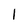
Character: 1